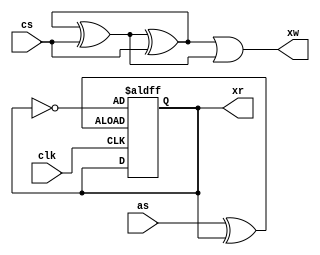
module gld(input clk,as,cs,output xr, xw);
    wire wl0, wl1, wl2 ;
    assign wl0 = wl1 ^ cs ;
    assign wl1 = wl0 ^ cs ;
    assign wl2 = as ^ ra ;

    reg ra = 1'b0 ;
    always @(posedge clk or posedge wl2) if(wl2) ra <= ~ra ;

    assign xw = wl0 | wl1 ;
    assign xr = ra ;
endmodule